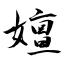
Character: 嬗